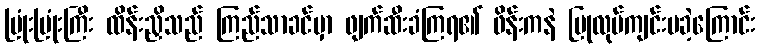
ပြုံးပြုံးကြီး ထိန်းညှိသည် ကြည်သာခင်မှာ ဖျက်ဆီးခံကြရ၏ ဖိန်းကနဲ ပြုလုပ်ကျင်းပခဲ့ကြောင်း